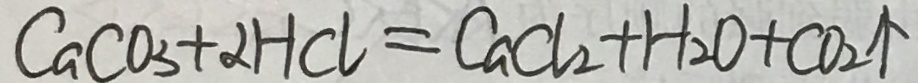
C a C O _ { 3 } + 2 H C l = C a C l _ { 2 } + H _ { 2 } O + C O _ { 2 } \uparrow